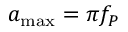
a _ { \operatorname* { m a x } } = \pi f _ { P }